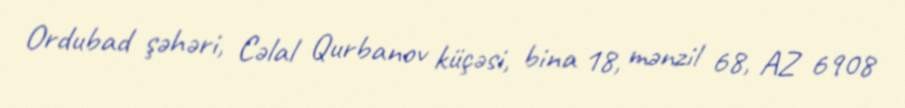
Ordubad şəhəri, Cəlal Qurbanov küçəsi, bina 18, mənzil 68, AZ 6908